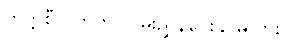
တက္ကစီ ဂိတ်ကို လမ်းညွှန်ပေးနိုင်မလား။